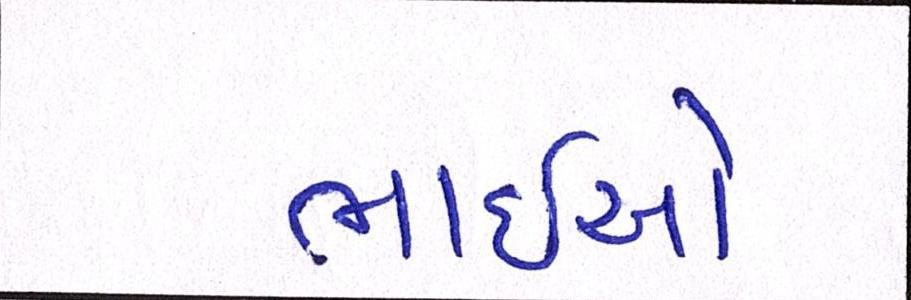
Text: ભાઈઓ